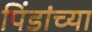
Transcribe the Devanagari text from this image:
पिंडांच्या